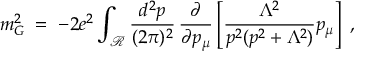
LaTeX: m _ { G } ^ { 2 } \; = \; - 2 e ^ { 2 } \int _ { { \mathcal R } } \frac { d ^ { 2 } p } { ( 2 \pi ) ^ { 2 } } \, \frac { \partial } { \partial p _ { \mu } } \left[ \frac { \Lambda ^ { 2 } } { p ^ { 2 } ( p ^ { 2 } + \Lambda ^ { 2 } ) } p _ { \mu } \right] \; ,